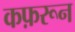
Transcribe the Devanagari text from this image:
कफ़रून